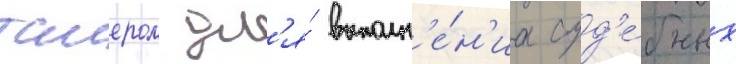
таиером дл'я́ выполн'е́н'иа суд'е́бных